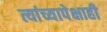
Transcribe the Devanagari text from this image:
त्यांच्यापेक्षाही